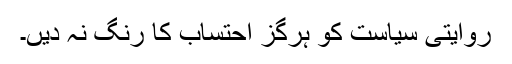
روایتی سیاست کو ہرگز احتساب کا رنگ نہ دیں۔